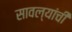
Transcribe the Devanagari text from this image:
सावल्यांची